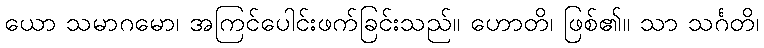
ယော သမာဂမော၊ အကြင်ပေါင်းဖက်ခြင်းသည်။ ဟောတိ၊ ဖြစ်၏။ သာ သင်္ဂတိ၊